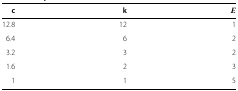
| c | k | E |
 | --- | --- | --- |
 | 12.8 | 12 | 1 |
 | 6.4 | 6 | 2 |
 | 3.2 | 3 | 2 |
 | 1.6 | 2 | 3 |
 | 1 | 1 | 5 |